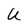
Character: U